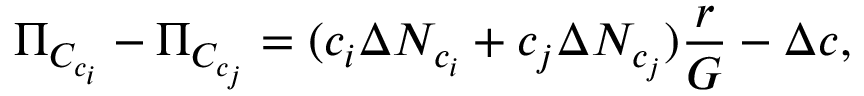
\Pi _ { C _ { c _ { i } } } - \Pi _ { C _ { c _ { j } } } = ( c _ { i } \Delta N _ { c _ { i } } + c _ { j } \Delta N _ { c _ { j } } ) \frac { r } { G } - \Delta c ,